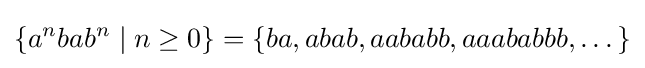
\{a^{n}bab^{n}\mid n\geq 0\}=\{ba,abab,aababb,aaababbb,\dotsc \}